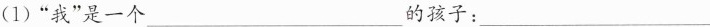
(1)”我”是一个___的孩子：___